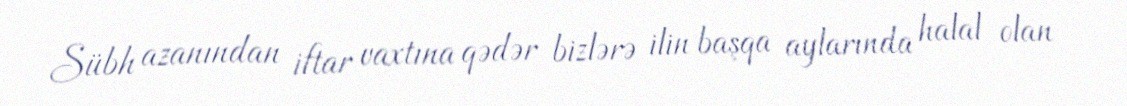
Sübh azanından iftar vaxtına qədər bizlərə ilin başqa aylarında halal olan